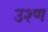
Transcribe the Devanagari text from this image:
उश्ण